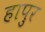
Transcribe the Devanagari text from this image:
हापुर